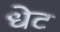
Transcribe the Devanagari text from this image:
धेट